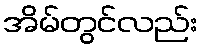
အိမ်တွင်လည်း